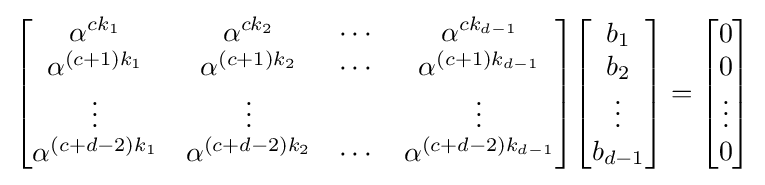
{\begin{bmatrix}\alpha ^{ck_{1}}&\alpha ^{ck_{2}}&\cdots &\alpha ^{ck_{d-1}}\\\alpha ^{(c+1)k_{1}}&\alpha ^{(c+1)k_{2}}&\cdots &\alpha ^{(c+1)k_{d-1}}\\\vdots &\vdots &&\vdots \\\alpha ^{(c+d-2)k_{1}}&\alpha ^{(c+d-2)k_{2}}&\cdots &\alpha ^{(c+d-2)k_{d-1}}\\\end{bmatrix}}{\begin{bmatrix}b_{1}\\b_{2}\\\vdots \\b_{d-1}\end{bmatrix}}={\begin{bmatrix}0\\0\\\vdots \\0\end{bmatrix}}